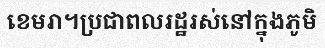
ខេមរា។ប្រជាពលរដ្ឋរស់នៅក្នុងភូមិ